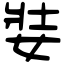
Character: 娤